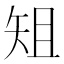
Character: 𮀀